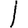
Digit: 1